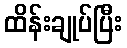
ထိန်းချုပ်ပြီး